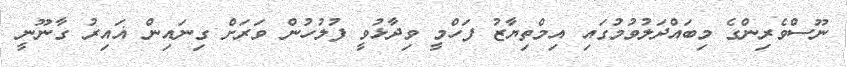
ނޫސްވެރިންގެ މިބައްދަލުވުމުގައި އިމްތިޔާޒު ފަހްމީ ވިދާޅުވީ ފުލުހުން ވަރަށް ގިނައިން ޣައިރު ގާނޫނީ